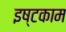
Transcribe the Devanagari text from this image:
इष्टकाम